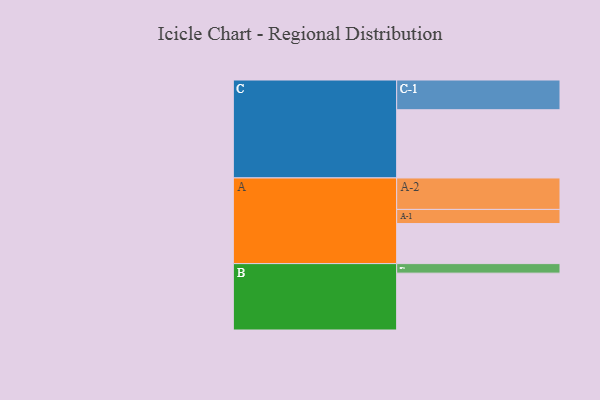
{"axis": {"x": "Segment", "y": "Value"}, "legend": ["", "A", "B", "C"], "data": [{"x": "A", "y": 349, "type": ""}, {"x": "B", "y": 495, "type": ""}, {"x": "C", "y": 594, "type": ""}, {"x": "A-1", "y": 123, "type": "A"}, {"x": "A-2", "y": 274, "type": "A"}, {"x": "B-1", "y": 83, "type": "B"}, {"x": "C-1", "y": 259, "type": "C"}]}